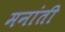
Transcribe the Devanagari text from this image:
मनांती